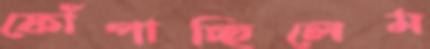
ফোঁপাচ্ছিলেম